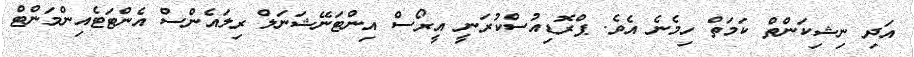
އަދި ނިޝިކަންތް ކަމަތް ހިމެނެ އެވެ. ޕްރޮޑިއުސްކުރަނީ އީރޯސް އިންޓަނޭޝަނަލް ރިލައެންސް އެންޓަޓެއިންމަންޓް